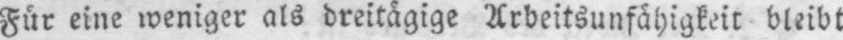
Für eine weniger als dreitägige Arbeitsunfähigkeit bleibt